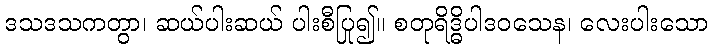
ဒသဒသကတွာ၊ ဆယ်ပါးဆယ် ပါးစီပြု၍။ စတုရိဒ္ဓိပါဒဝသေန၊ လေးပါးသော